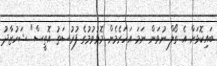
ބައިކޮޅަށް އެ ގޯލް ނުވަން ނަމަ އަހަރެމެން މޮޅުވުމުގެ ފުރުސަތު އޮތީސް" ޝަހުޒާދު